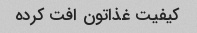
کیفیت غذاتون افت کرده